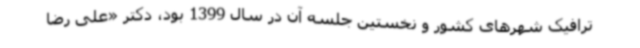
ترافیک شهرهای کشور و نخستین جلسه آن در سال 1399 بود، دکتر «علی رضا